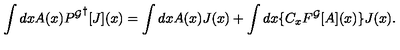
\int d x A ( x ) { P ^ { \cal G } } ^ { \dagger } [ J ] ( x ) = \int d x A ( x ) J ( x ) + \int d x \{ C _ { x } F ^ { \cal G } [ A ] ( x ) \} J ( x ) .